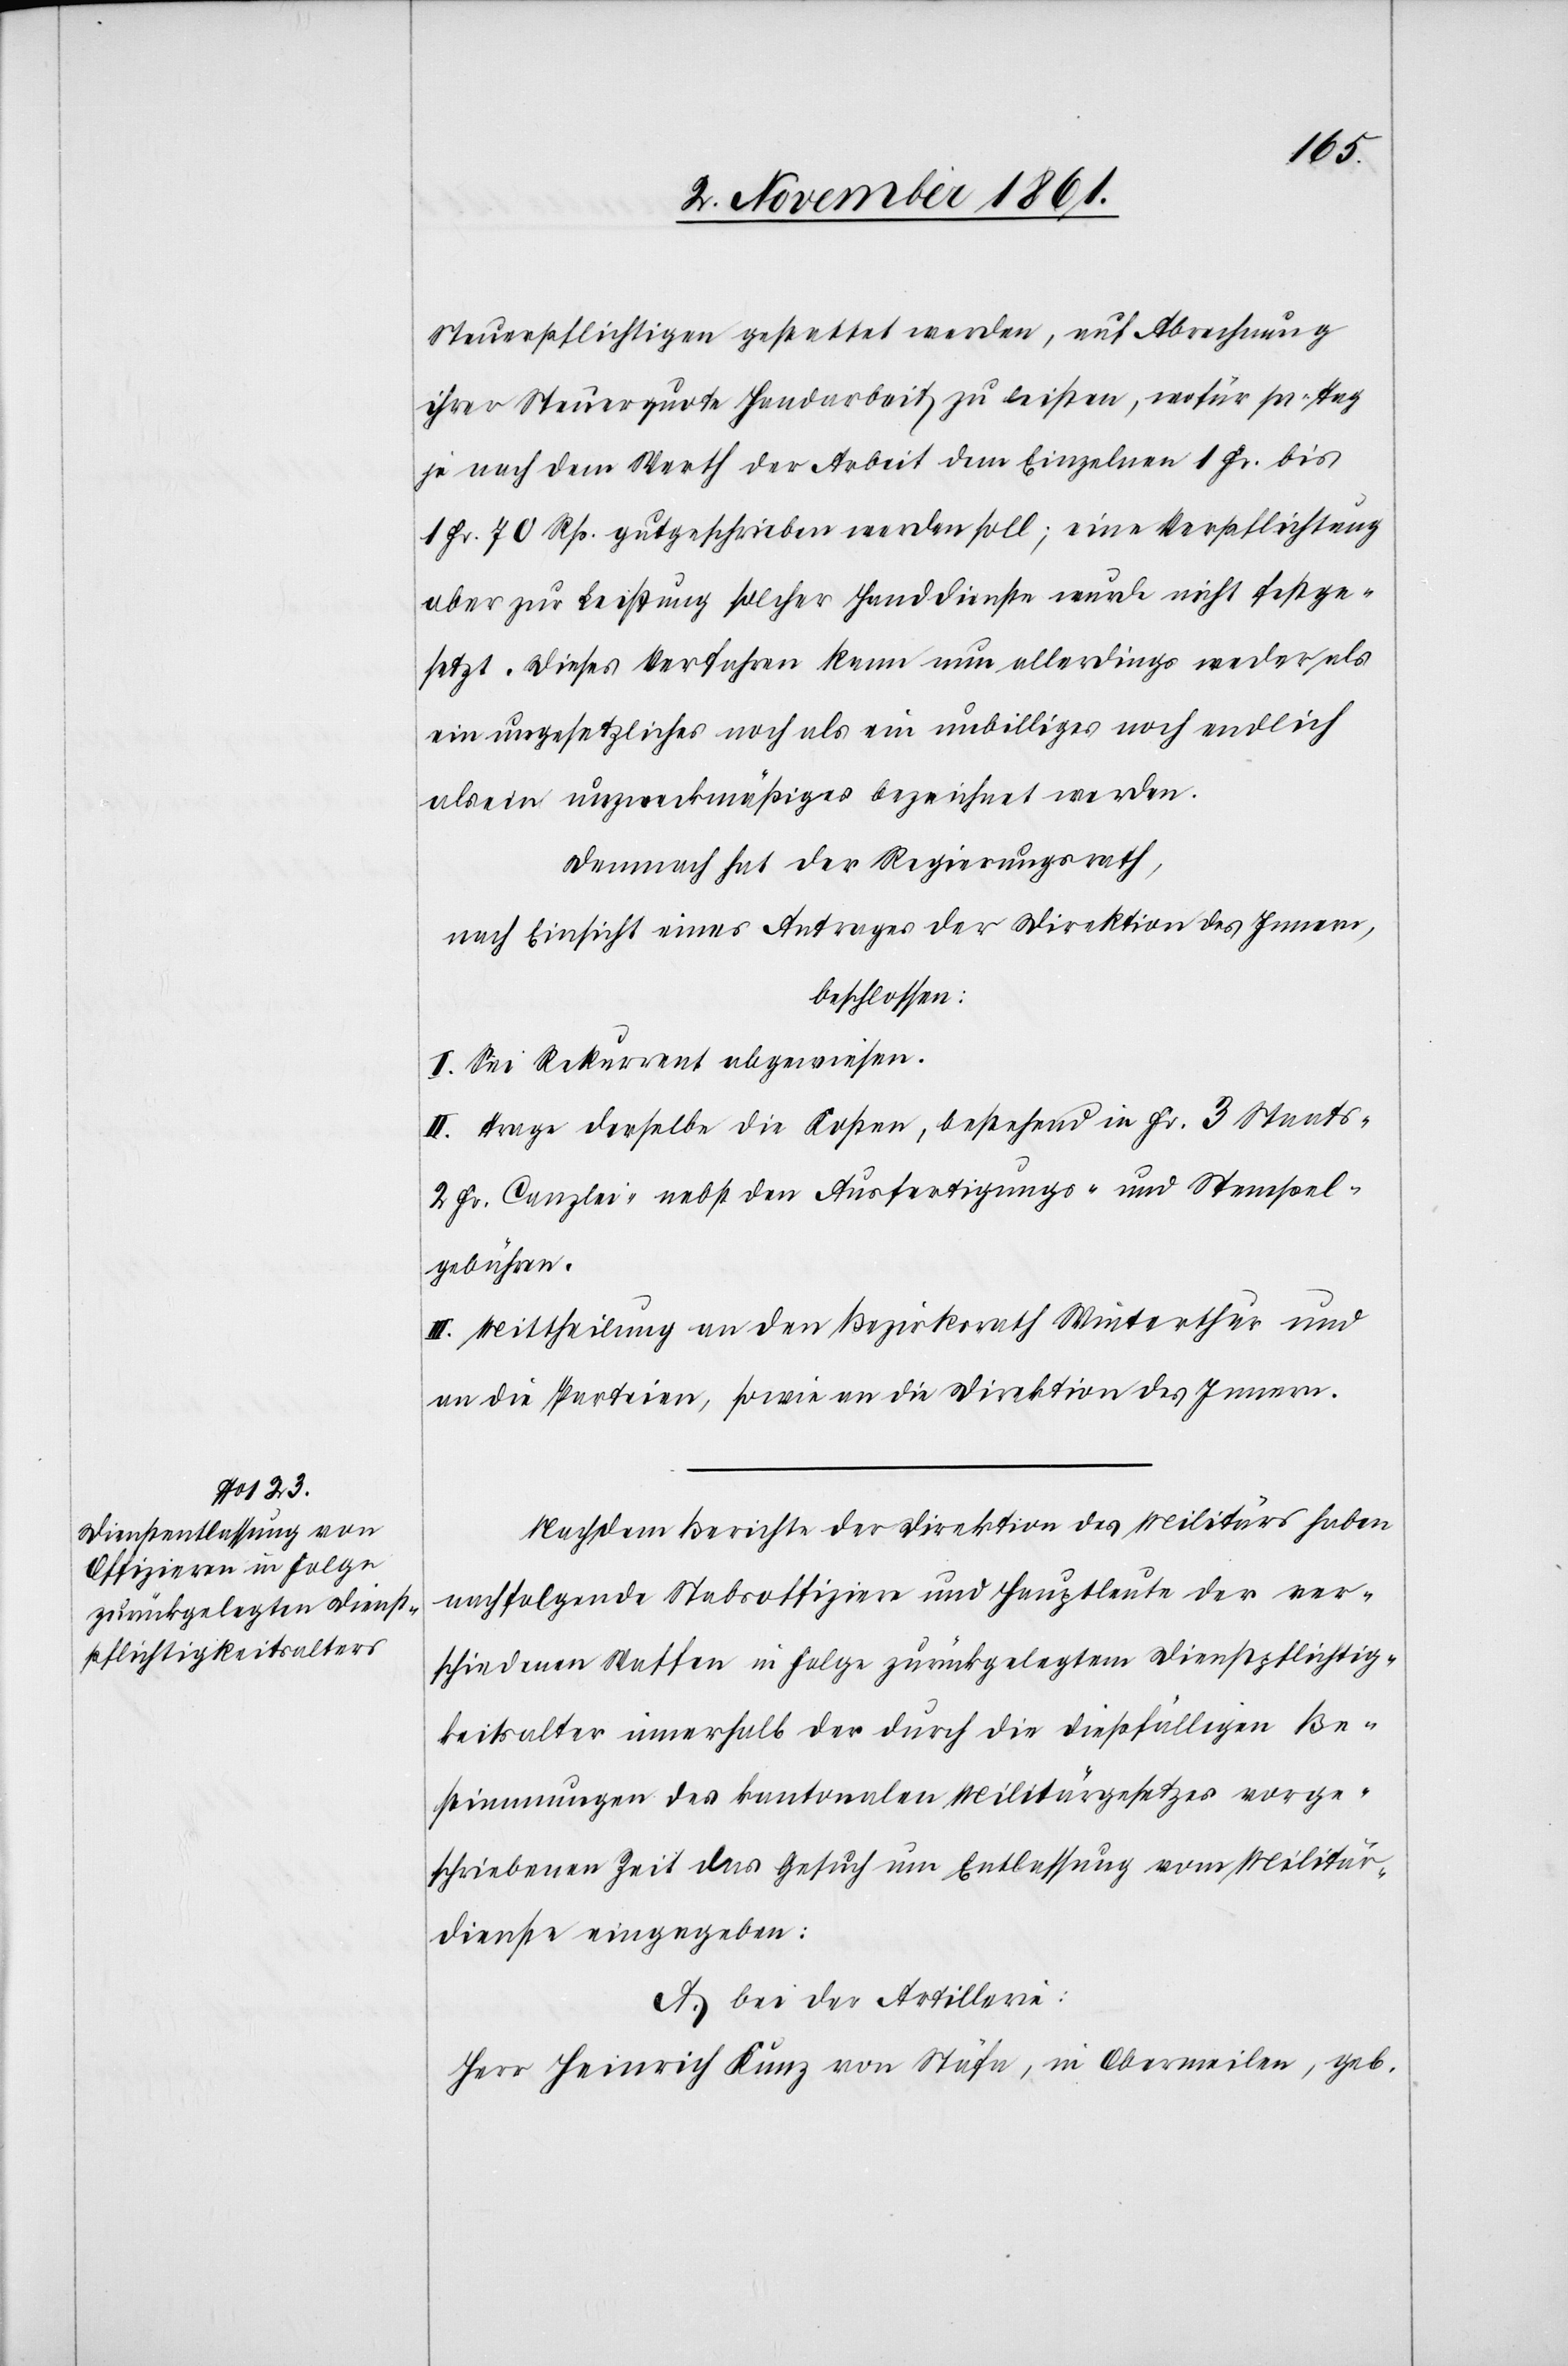
Steuerpflichtigen gestattet werden, auf Abrechnung
ihrer Steuerquote Handarbeit zu leisten, wofür pr. Tag
je nach dem Werth der Arbeit dem Einzelnen 1 Fr. bis
1 Fr. 70 Rp. gutgeschrieben werden soll, eine Verpflichtung
aber zur Leistung solcher Handdienste wurde nicht festge¬
setzt. Dieses Verfahren kann nun allerdings weder als
ein ungesetzliches noch als ein unbilliges noch endlich
als ein unzweckmäßiges bezeichnet werden.
Demnach hat der Regierungsrath,
nach Einsicht eines Antrages der Direktion des Innern,
beschlossen:
I. Sei Rekurrent abgewiesen.
II. Trage derselbe die Kosten, bestehend in Fr. 3 Staats-[,]
2 Fr. Canzlei-[,] nebst den Ausfertigungs- u. Stempel¬
gebühren.
III. Mittheilung an den Bezirksrath Winterthur und
an die Parteien, sowie an die Direktion des Innern.
Nachdem Berichte der Direktion des Militärs haben
nachfolgende Stabsoffiziere und Hauptleute der ver¬
schiedenen Waffen in Folge zurückgelegtem Dienstpflichtig¬
keitsalter innerhalb der durch die dießfälligen Be¬
stimmungen des kantonalen Militärgesetzes vorge¬
schriebenen Zeit das Gesuch um Entlassung vom Militär¬
dienste einzugeben:
A. bei der Artillerie:
Herr Heinrich Kunz von Stäfa, in Obermeilen, geb.